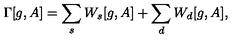
\Gamma [ g , A ] = \sum _ { s } W _ { s } [ g , A ] + \sum _ { d } W _ { d } [ g , A ] ,